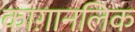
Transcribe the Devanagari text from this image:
काग़ानलिक